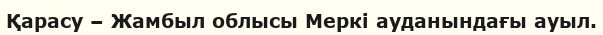
Қарасу – Жамбыл облысы Меркі ауданындағы ауыл.